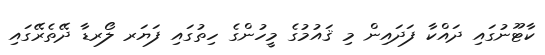
ކާޓޫނުގައި ދައްކާ ފަދައިން މި ޤައުމުގެ މީހުންގެ ހިތުގައި ފަޔަރ ލޯރޑާ ދޭތެރޭގައި